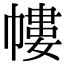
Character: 㡞